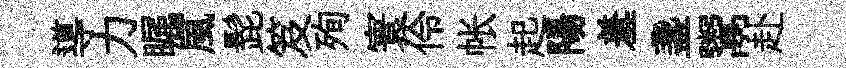
導力瞩風髭笈殉寰伶帐起陽羞盞鬻赴